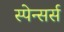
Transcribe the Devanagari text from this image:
स्पेन्सर्स